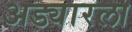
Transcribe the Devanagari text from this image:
अड्यारला